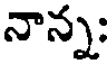
నాన్న;